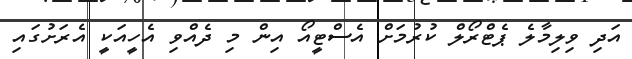
އަދި ވިލިމާލެ ޕެޓްރޯލް ކުރުމަށް އެސްޓީއޯ އިން މި ދެއްވި އެހީއަކީ އެރަށުގައި